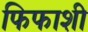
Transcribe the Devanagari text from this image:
फिफाशी